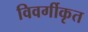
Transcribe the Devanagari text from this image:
विवर्गीकृत